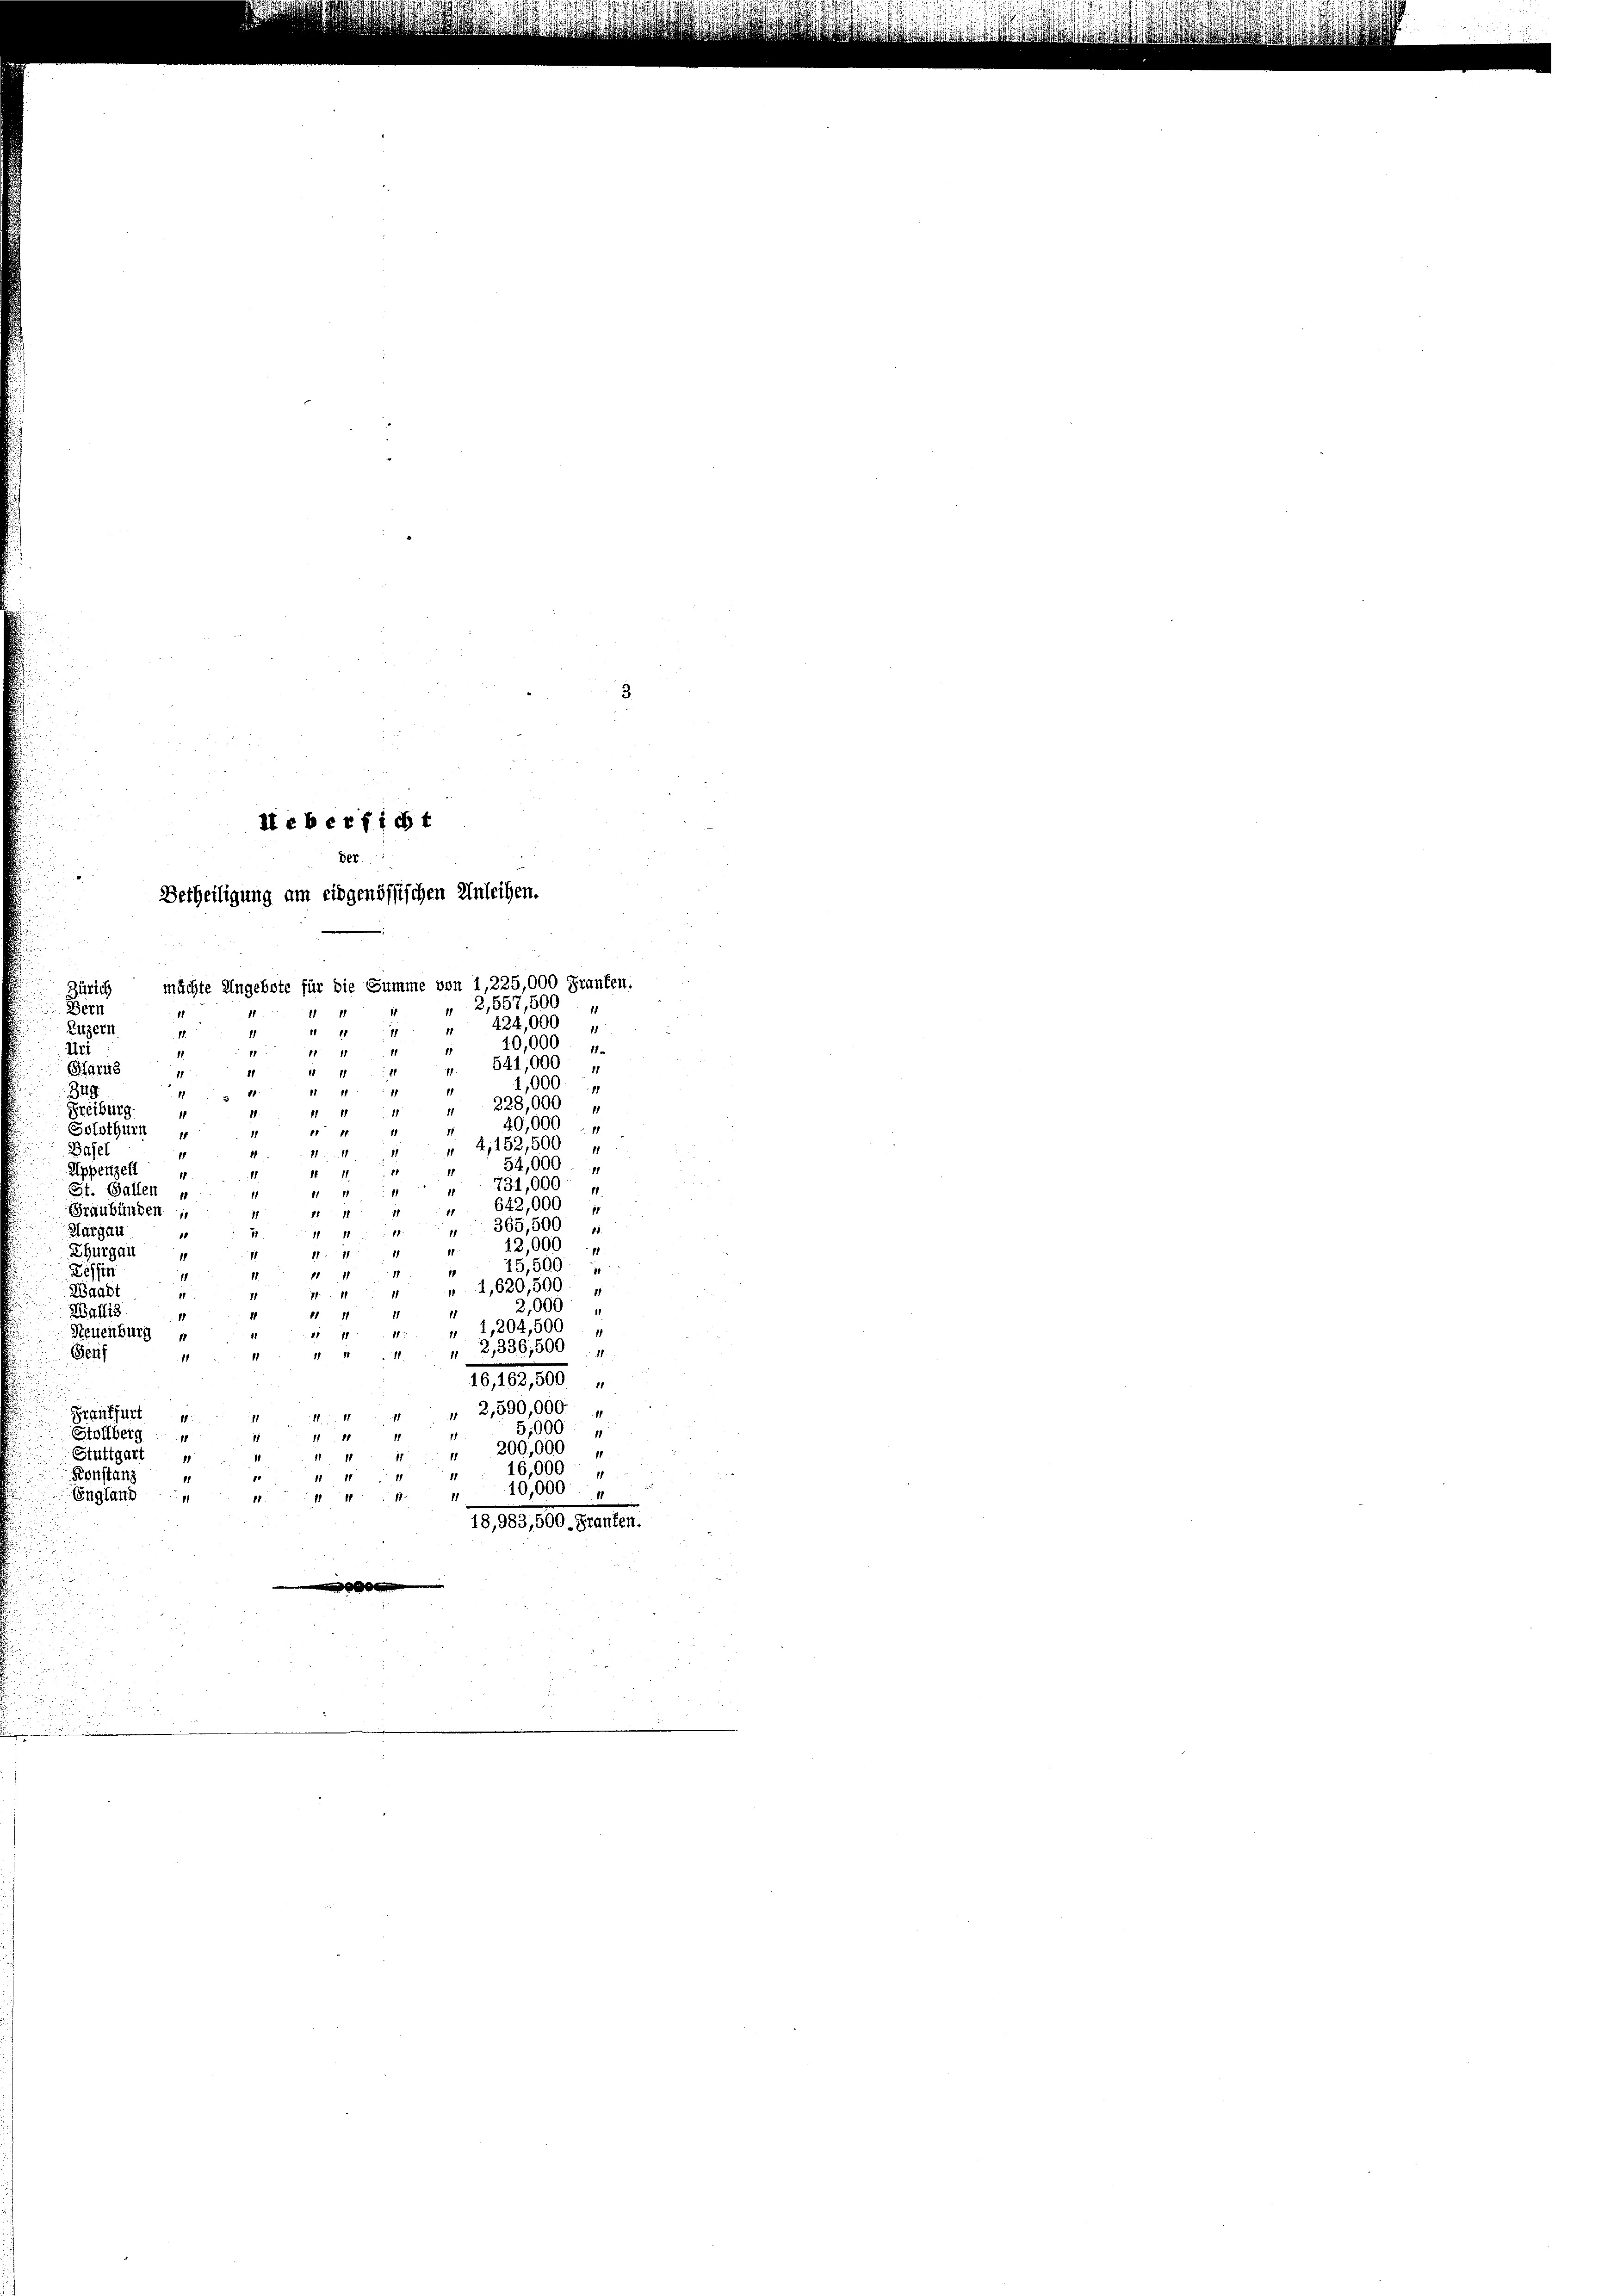
Iteberficht
der
Betheiligung am eidgenössischen Anleihen.

mächte Ungebote für die Summe von 1,225,000 Franken.
Zürich
Bern
e
Zuzern
11
1.
Uri
Märtig
349
Freiburg.
11
40,000
Solothurn
" 4, 152,500
Basel.
54,000 - 4
Appenzell
18
731,000
St. Gallen u
" 642,000 u
Graubünden
365,500 u
Thurgau
1
1
12,000
11
11
Thurgau
45,500
11
Tessin
". 4,620,500
Waadt
1
2,000
Wallig
18
1
" 1,204,500
Neuenburg u
2,336,500
Beif
111
11
16,162, 500 "
2,590,000.
Prentfurt
5,000
1
Stollberg
11
200,000.
1
Stuttgart
16,000
Konstanz
11
10,000.

England
.
18,983,500. Franken.

2,557,500,
424,000
10,000
4. 541,000
1
1,000
228,000